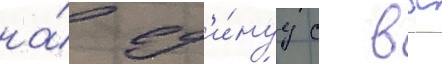
на́ ед'и́нуу с ввс